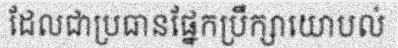
ដែលជាប្រធានផ្នែកប្រឹក្សាយោបល់